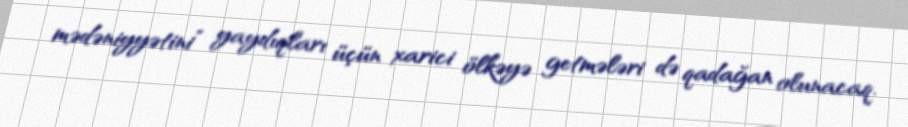
mədəniyyətini” yaydıqları üçün xarici ölkəyə getmələri də qadağan olunacaq.